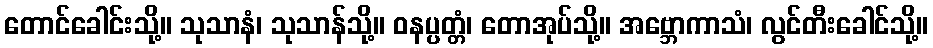
တောင်ခေါင်းသို့။ သုသာနံ၊ သုသာန်သို့။ ဝနပ္ပတ္တံ၊ တောအုပ်သို့။ အဗ္ဘောကာသံ၊ လွင်တီးခေါင်သို့။